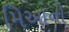
મિઆનો